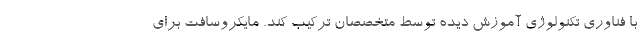
با فناوری تکنولوژی آموزش دیده توسط متخصصان ترکیب کند. مایکروسافت برای